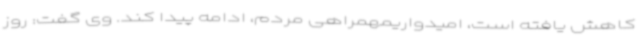
کاهش یافته است، امیدواریمهمراهی مردم، ادامه پیدا کند. وی گفت: روز